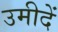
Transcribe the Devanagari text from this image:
उमीदें